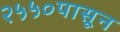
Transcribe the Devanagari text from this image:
२५५०पासून